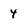
Character: 4